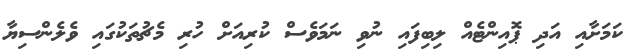
ކަމަށާއި އަދި ޕޮއިންޓެއް ލިބިފައި ނުވި ނަމަވެސް ކުރިއަށް ހުރި މެޗުތަކުގައި ވެލެންސިޔާ